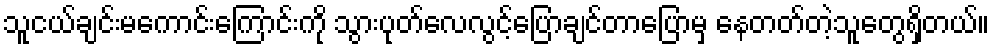
သူငယ်ချင်းမကောင်းကြောင်းကို သွားပုတ်လေလွင့်ပြောချင်တာပြောမှ နေတတ်တဲ့သူတွေရှိတယ်။